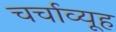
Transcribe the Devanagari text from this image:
चर्चाव्यूह